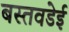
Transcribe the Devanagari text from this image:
बस्तवडेई